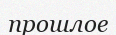
прошлое